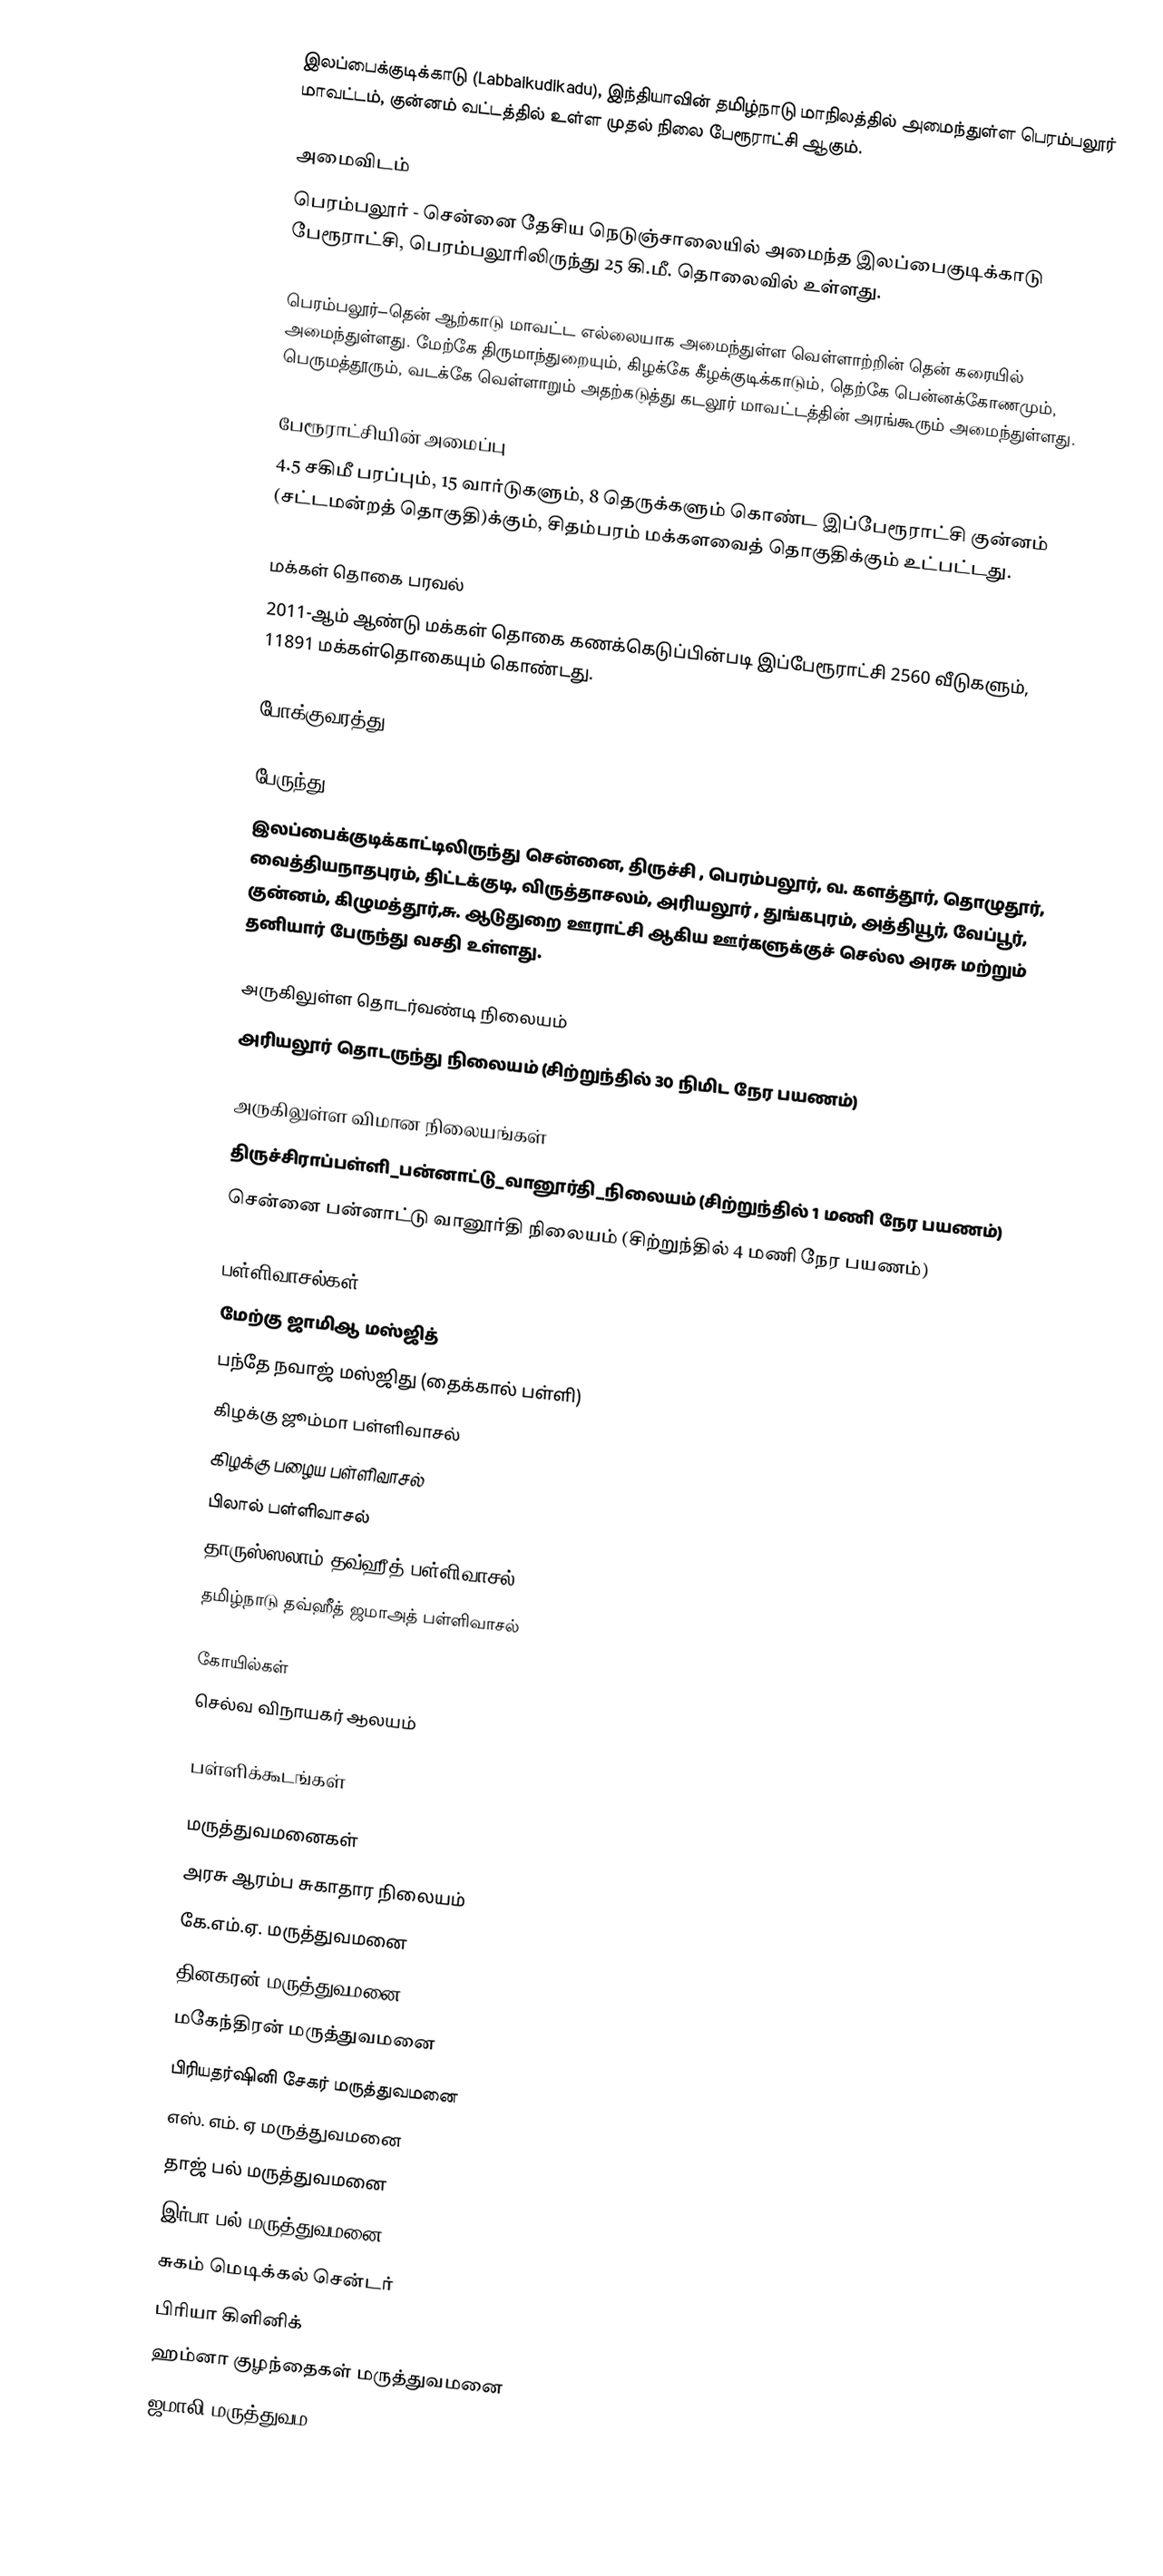
இலப்பைக்குடிக்காடு (Labbaikudikadu), இந்தியாவின் தமிழ்நாடு மாநிலத்தில் அமைந்துள்ள பெரம்பலூர் மாவட்டம், குன்னம் வட்டத்தில் உள்ள முதல் நிலை பேரூராட்சி ஆகும்.

அமைவிடம்
பெரம்பலூர் - சென்னை தேசிய நெடுஞ்சாலையில் அமைந்த இலப்பைகுடிக்காடு  பேரூராட்சி, பெரம்பலூரிலிருந்து 25 கி.மீ. தொலைவில் உள்ளது.

பெரம்பலூர்–தென் ஆற்காடு மாவட்ட எல்லையாக அமைந்துள்ள வெள்ளாற்றின் தென் கரையில் அமைந்துள்ளது. மேற்கே திருமாந்துறையும், கிழக்கே கீழக்குடிக்காடும், தெற்கே பென்னக்கோணமும், பெருமத்தூரும், வடக்கே வெள்ளாறும் அதற்கடுத்து கடலூர் மாவட்டத்தின் அரங்கூரும் அமைந்துள்ளது.

பேரூராட்சியின் அமைப்பு
4.5 சகிமீ பரப்பும், 15 வார்டுகளும், 8 தெருக்களும்  கொண்ட இப்பேரூராட்சி  குன்னம் (சட்டமன்றத் தொகுதி)க்கும், சிதம்பரம் மக்களவைத் தொகுதிக்கும் உட்பட்டது.

மக்கள் தொகை பரவல்
2011-ஆம் ஆண்டு மக்கள் தொகை கணக்கெடுப்பின்படி  இப்பேரூராட்சி 2560 வீடுகளும், 11891 மக்கள்தொகையும் கொண்டது.

போக்குவரத்து

பேருந்து
இலப்பைக்குடிக்காட்டிலிருந்து சென்னை, திருச்சி , பெரம்பலூர், வ. களத்தூர், தொழுதூர், வைத்தியநாதபுரம், திட்டக்குடி, விருத்தாசலம், அரியலூர் , துங்கபுரம், அத்தியூர், வேப்பூர், குன்னம், கிழுமத்தூர்,சு. ஆடுதுறை ஊராட்சி ஆகிய ஊர்களுக்குச் செல்ல அரசு மற்றும் தனியார் பேருந்து வசதி உள்ளது.

அருகிலுள்ள தொடர்வண்டி நிலையம்
 அரியலூர் தொடருந்து நிலையம் (சிற்றுந்தில் 30 நிமிட நேர பயணம்)

அருகிலுள்ள விமான நிலையங்கள்
 திருச்சிராப்பள்ளி_பன்னாட்டு_வானூர்தி_நிலையம் (சிற்றுந்தில் 1 மணி நேர பயணம்)
 சென்னை பன்னாட்டு வானூர்தி நிலையம் (சிற்றுந்தில் 4 மணி நேர பயணம்)

பள்ளிவாசல்கள்
 மேற்கு ஜாமிஆ மஸ்ஜித்
 பந்தே நவாஜ் மஸ்ஜிது (தைக்கால் பள்ளி)
 கிழக்கு ஜூம்மா பள்ளிவாசல்
 கிழக்கு பழைய பள்ளிவாசல்
 பிலால் பள்ளிவாசல்
 தாருஸ்ஸலாம் தவ்ஹீத் பள்ளிவாசல்
 தமிழ்நாடு தவ்ஹீத் ஜமாஅத் பள்ளிவாசல்

கோயில்கள்
 செல்வ விநாயகர் ஆலயம்

பள்ளிக்கூடங்கள்

மருத்துவமனைகள்
 அரசு ஆரம்ப சுகாதார நிலையம்
 கே.எம்.ஏ. மருத்துவமனை
 தினகரன் மருத்துவமனை
 மகேந்திரன் மருத்துவமனை
 பிரியதர்ஷினி சேகர் மருத்துவமனை
 எஸ். எம். ஏ மருத்துவமனை
 தாஜ் பல் மருத்துவமனை
 இர்பா பல் மருத்துவமனை
 சுகம் மெடிக்கல் சென்டர்
 பிரியா கிளினிக்
 ஹம்னா குழந்தைகள் மருத்துவமனை
 ஜமாலி மருத்துவம